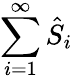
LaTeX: \sum_{i=1}^{\infty}\hat{S}_{i}